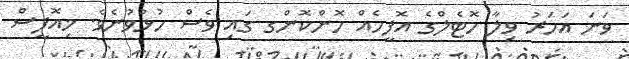
ވަނަ އަހަރު ވިލާ ހޮޓެލްގެ އޮފީހެއް ހޮންކޮންގ ގައި ވެސް ހުޅުވުނެވެ. މިއޮފީސް